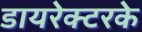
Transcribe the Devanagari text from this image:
डायरेक्टरके